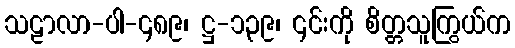
သဠာလာ-ပါ-၄၈၉၊ ဋ္ဌ-၁၃၉၊ ၎င်းကို စိတ္တသူကြွယ်က